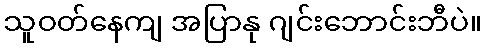
သူဝတ်နေကျ အပြာနု ဂျင်းဘောင်းဘီပဲ။